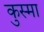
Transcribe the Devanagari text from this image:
कुस्मा